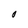
Character: O